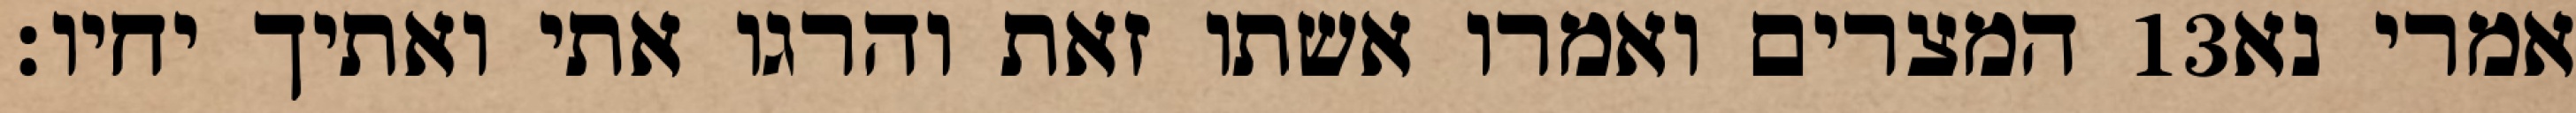
המצרים ואמרו אשתו זאת והרגו אתי ואתיך יחיו׃ ‎13‏ אמרי נא